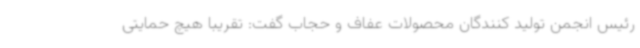
رئیس انجمن تولید کنندگان محصولات عفاف و حجاب گفت: تقریبا هیچ حمایتی